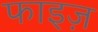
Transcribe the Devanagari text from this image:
फाइज़